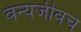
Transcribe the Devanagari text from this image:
वन्यजीवच